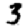
Digit: 3